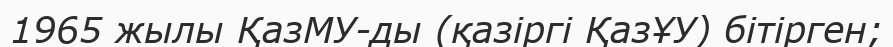
1965 жылы ҚазМУ-ды (қазіргі ҚазҰУ) бітірген;